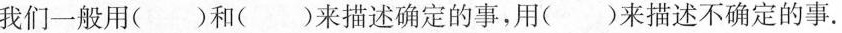
我们一般用()和()来描述确定的事，用()来描述不确定的事。